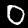
Label: 0